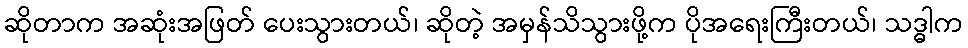
ဆိုတာက အဆုံးအဖြတ် ပေးသွားတယ်၊ ဆိုတဲ့ အမှန်သိသွားဖို့က ပိုအရေးကြီးတယ်၊ သဒ္ဓါက